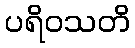
ပရိဝသတိ